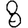
Digit: 8